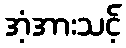
အံ့အားသင့်